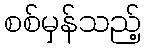
စစ်မှန်သည့်